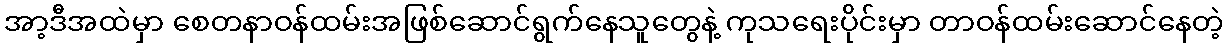
အာ့ဒီအထဲမှာ စေတနာဝန်ထမ်းအဖြစ်ဆောင်ရွက်နေသူတွေနဲ့ ကုသရေးပိုင်းမှာ တာဝန်ထမ်းဆောင်နေတဲ့